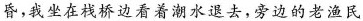
昏，我坐在栈桥边看着潮水退去，旁边的老渔民